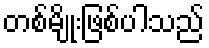
တစ်မျိုးဖြစ်ပါသည်